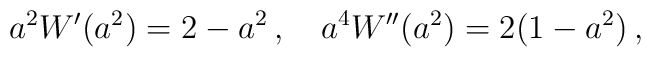
a^2W'(a^2) = 2-a^2\,,\quad a^4W''(a^2)=2(1-a^2)\,,